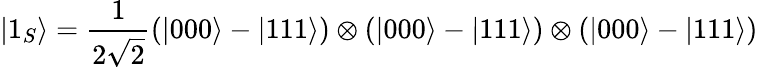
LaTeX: |1_{S}\rangle={\frac{1}{2{\sqrt{2}}}}(|000\rangle-|111\rangle)\otimes(|000\rangle-|111\rangle)\otimes(|000\rangle-|111\rangle)